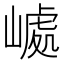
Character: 𡼆